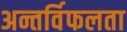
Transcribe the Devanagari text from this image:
अन्तर्विफलता